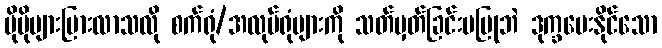
ပိုမိုများပြားလာသလို စက်ရုံ/အလုပ်ရုံများကို သတ်မှတ်ခြင်းမပြုဘဲ ဒုက္ခပေးနိုင်သော